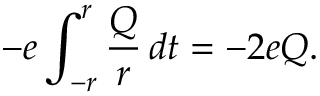
- e \int _ { - r } ^ { r } \frac { Q } { r } \, d t = - 2 e Q .